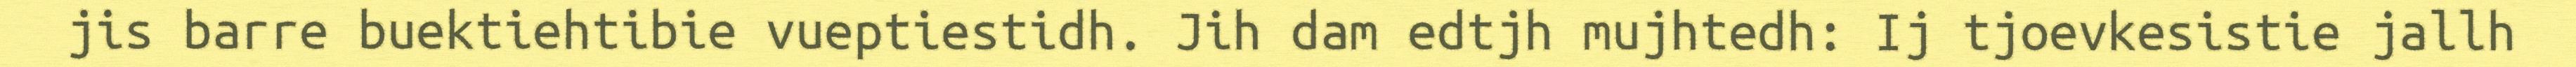
jis barre buektiehtibie vueptiestidh. Jih dam edtjh mujhtedh: Ij tjoevkesistie jallh